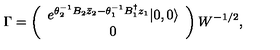
\Gamma = \left( \begin{array} { c } { e ^ { \theta _ { 2 } ^ { - 1 } B _ { 2 } \bar { z } _ { 2 } - \theta _ { 1 } ^ { - 1 } B _ { 1 } ^ { \dag } z _ { 1 } } | 0 , 0 \rangle } \\ { 0 } \\ \end{array} \right) W ^ { - 1 / 2 } ,